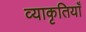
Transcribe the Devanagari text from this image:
व्याकृतियाँ